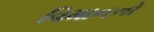
વિમાનનો